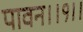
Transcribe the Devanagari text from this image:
पावन।।१।।